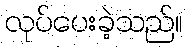
လုပ်ပေးခဲ့သည်။